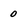
Character: 0